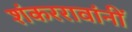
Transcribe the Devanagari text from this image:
शंकररावांनीं